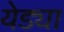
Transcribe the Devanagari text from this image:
येड्या